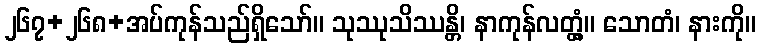
၂၆၇+၂၆၈+အပ်ကုန်သည်ရှိသော်။ သုဿုသိဿန္တိ၊ နာကုန်လတ္တံ့။ သောတံ၊ နားကို။